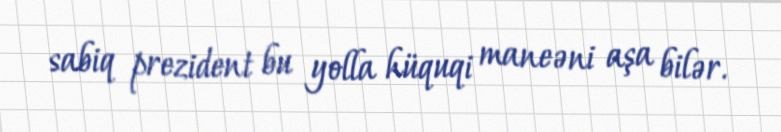
sabiq prezident bu yolla hüquqi maneəni aşa bilər.